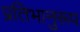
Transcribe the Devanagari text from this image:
प्रतिभानुरूप